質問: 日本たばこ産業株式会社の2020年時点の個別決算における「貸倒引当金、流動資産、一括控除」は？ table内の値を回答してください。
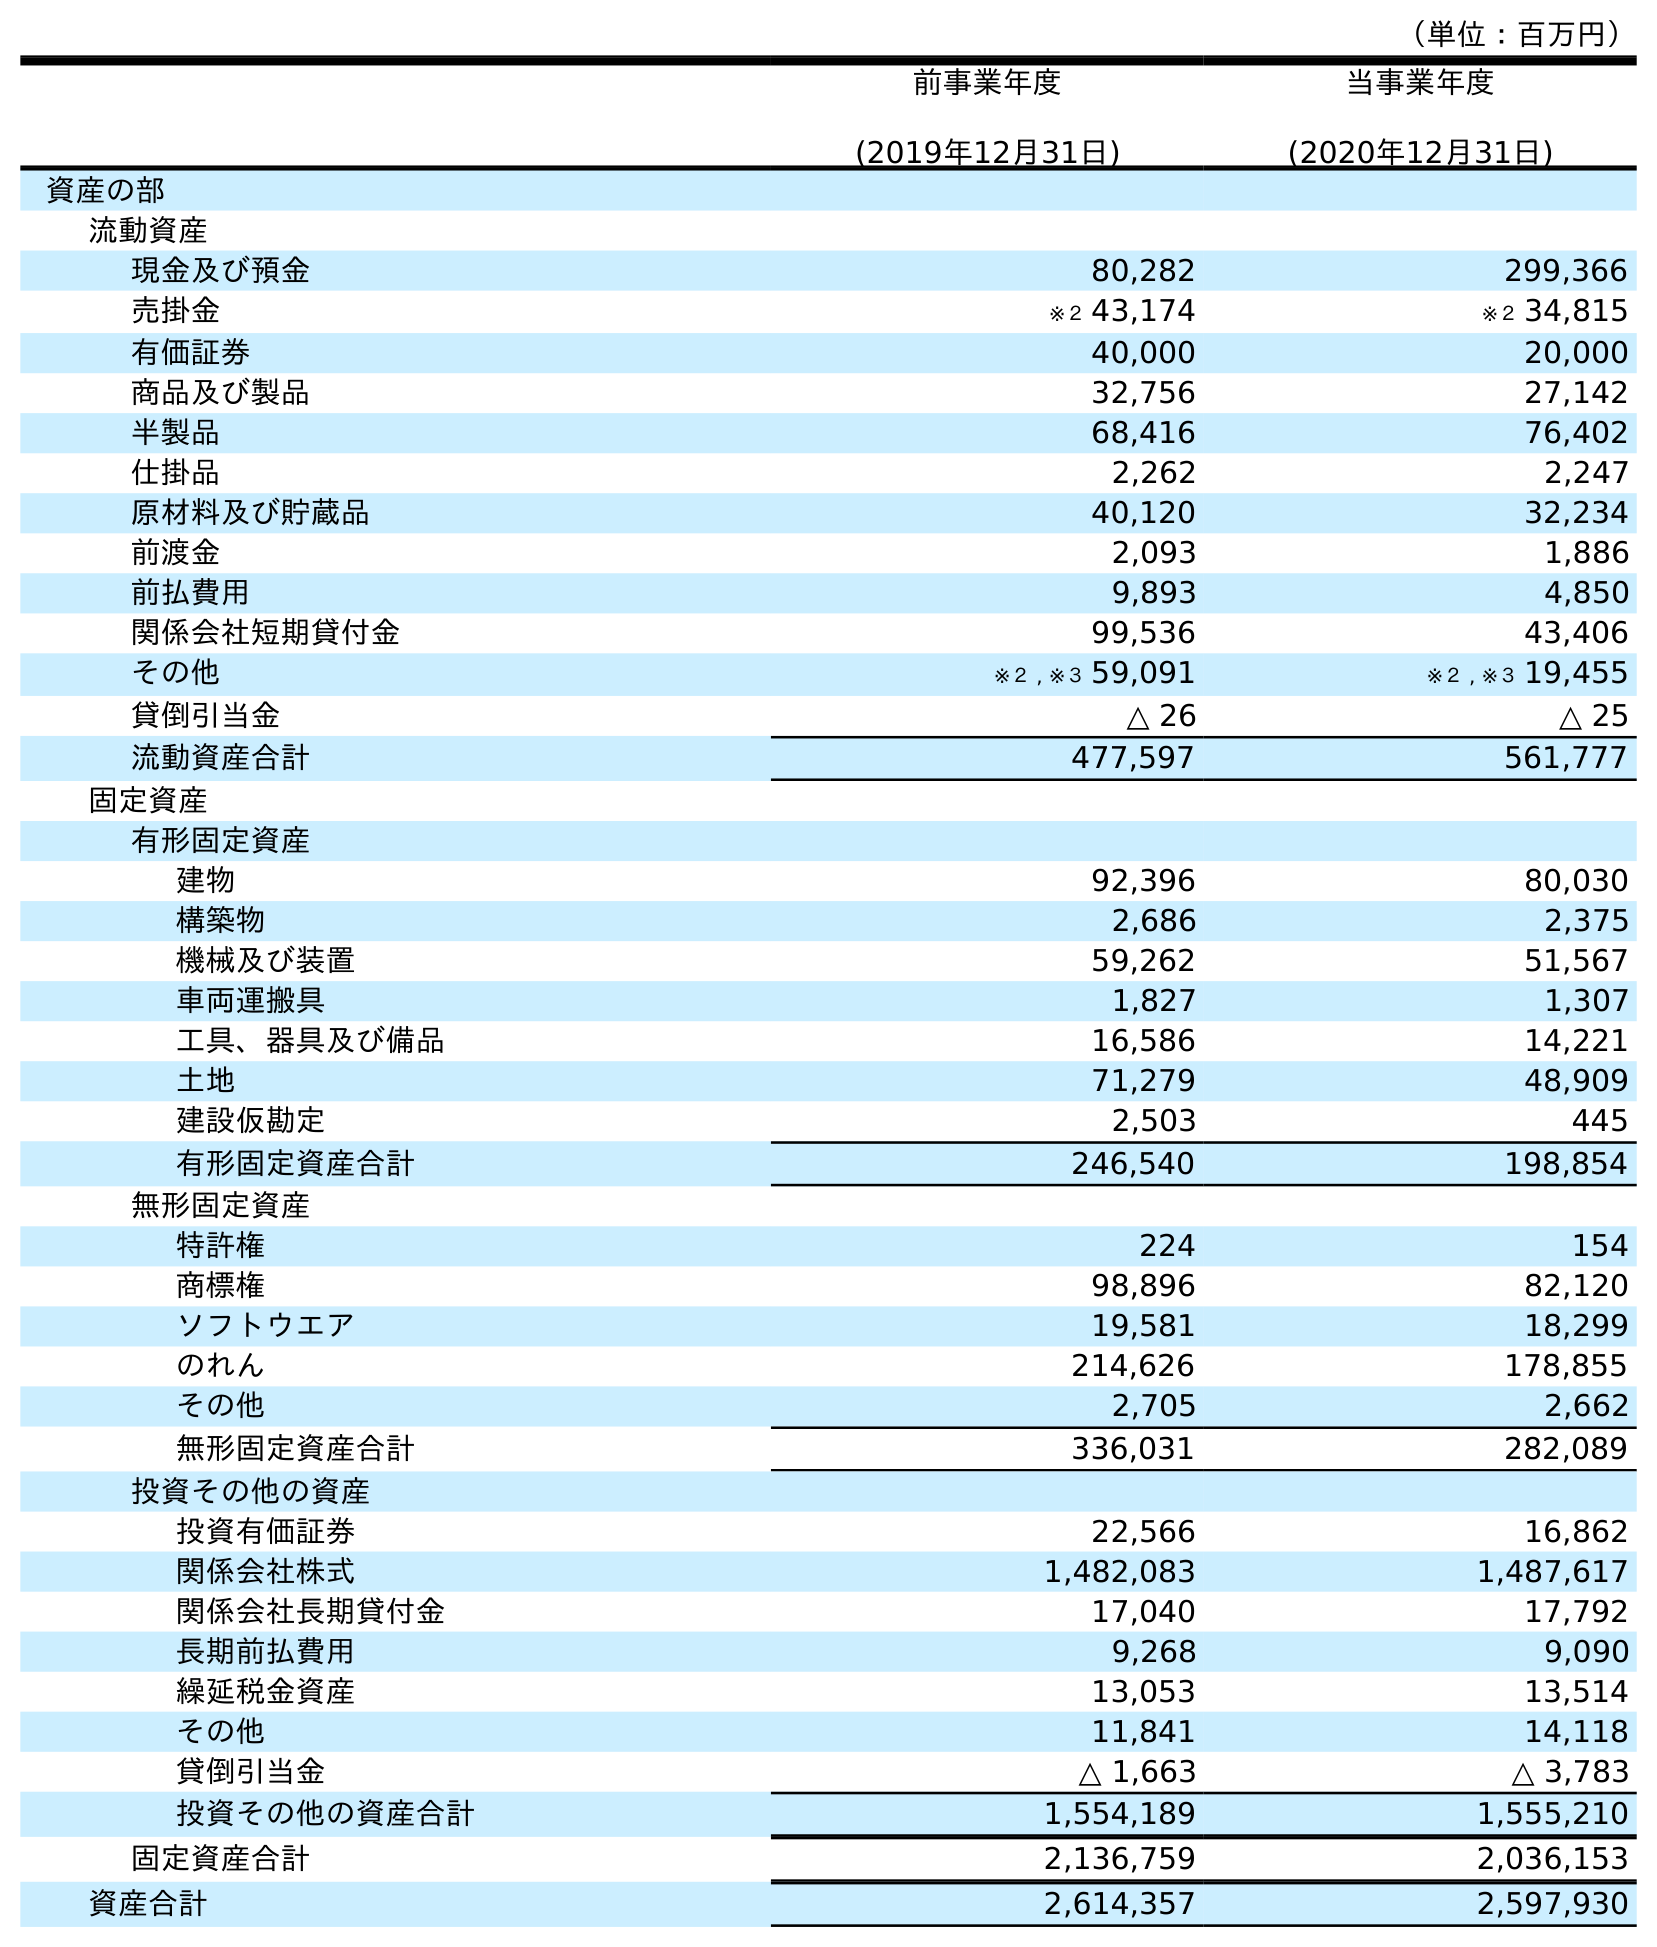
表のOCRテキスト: （単位：百万円） 前事業年度 (2019年12月31日) 当事業年度 (2020年12月31日) 資産の部 流動資産 現金及び預金 80,282 299,366 売掛金 ※２ 43,174 ※２ 34,815 有価証券 40,000 20,000 商品及び製品 32,756 27,142 半製品 68,416 76,402 仕掛品 2,262 2,247 原材料及び貯蔵品 40,120 32,234 前渡金 2,093 1,886 前払費用 9,893 4,850 関係会社短期貸付金 99,536 43,406 その他 ※２ , ※３ 59,091 ※２ , ※３ 19,455 貸倒引当金 △ 26 △ 25 流動資産合計 477,597 561,777 固定資産 有形固定資産 建物 92,396 80,030 構築物 2,686 2,375 機械及び装置 59,262 51,567 車両運搬具 1,827 1,307 工具、器具及び備品 16,586 14,221 土地 71,279 48,909 建設仮勘定 2,503 445 有形固定資産合計 246,540 198,854 無形固定資産 特許権 224 154 商標権 98,896 82,120 ソフトウエア 19,581 18,299 のれん 214,626 178,855 その他 2,705 2,662 無形固定資産合計 336,031 282,089 投資その他の資産 投資有価証券 22,566 16,862 関係会社株式 1,482,083 1,487,617 関係会社長期貸付金 17,040 17,792 長期前払費用 9,268 9,090 繰延税金資産 13,053 13,514 その他 11,841 14,118 貸倒引当金 △ 1,663 △ 3,783 投資その他の資産合計 1,554,189 1,555,210 固定資産合計 2,136,759 2,036,153 資産合計 2,614,357 2,597,930
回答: △25